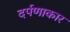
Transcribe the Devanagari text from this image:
दर्पणाकार